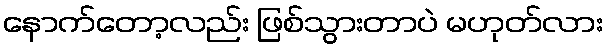
နောက်တော့လည်း ဖြစ်သွားတာပဲ မဟုတ်လား